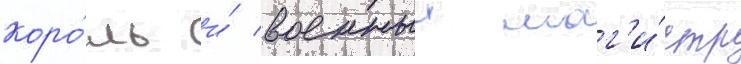
коро́ль и́ военныи маг'и́стр